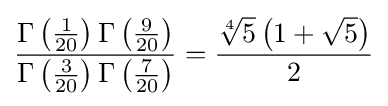
{\frac {\Gamma \left({\tfrac {1}{20}}\right)\Gamma \left({\tfrac {9}{20}}\right)}{\Gamma \left({\tfrac {3}{20}}\right)\Gamma \left({\tfrac {7}{20}}\right)}}={\frac {{\sqrt[{4}]{5}}\left(1+{\sqrt {5}}\right)}{2}}